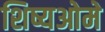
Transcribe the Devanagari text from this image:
शिष्यओमे